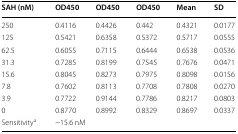
<table><thead><tr><td><b>SAH (nM)</b></td><td><b>OD450</b></td><td><b>OD450</b></td><td><b>OD450</b></td><td><b>Mean</b></td><td><b>SD</b></td></tr></thead><tbody><tr><td>250</td><td>0.4116</td><td>0.4426</td><td>0.442</td><td>0.4321</td><td>0.0177</td></tr><tr><td>125</td><td>0.5421</td><td>0.6358</td><td>0.5372</td><td>0.5717</td><td>0.0555</td></tr><tr><td>62.5</td><td>0.6055</td><td>0.7115</td><td>0.6444</td><td>0.6538</td><td>0.0536</td></tr><tr><td>31.3</td><td>0.7285</td><td>0.8199</td><td>0.7545</td><td>0.7676</td><td>0.0471</td></tr><tr><td>15.6</td><td>0.8045</td><td>0.8273</td><td>0.7975</td><td>0.8098</td><td>0.0156</td></tr><tr><td>7.8</td><td>0.7602</td><td>0.8113</td><td>0.7708</td><td>0.7808</td><td>0.0270</td></tr><tr><td>3.9</td><td>0.7722</td><td>0.9144</td><td>0.7786</td><td>0.8217</td><td>0.0803</td></tr><tr><td>0</td><td>0.8770</td><td>0.8992</td><td>0.8329</td><td>0.8697</td><td>0.0337</td></tr><tr><td>Sensitivity<sup>a</sup></td><td colspan="5">~15.6 nM</td></tr></tbody></table>